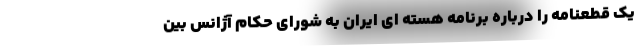
یک قطعنامه را درباره برنامه هسته ای ایران به شورای حکام آژانس بین